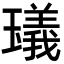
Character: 𤩺